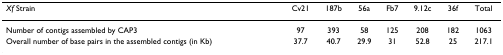
<table><thead><tr><td><b><i>Xf </i>Strain</b></td><td><b>Cv21</b></td><td><b>187b</b></td><td><b>56a</b></td><td><b>Fb7</b></td><td><b>9.12c</b></td><td><b>36f</b></td><td><b>Total</b></td></tr></thead><tbody><tr><td>Number of contigs assembled by CAP3</td><td>97</td><td>393</td><td>58</td><td>125</td><td>208</td><td>182</td><td>1063</td></tr><tr><td>Overall number of base pairs in the assembled contigs (in Kb)</td><td>37.7</td><td>40.7</td><td>29.9</td><td>31</td><td>52.8</td><td>25</td><td>217.1</td></tr></tbody></table>